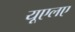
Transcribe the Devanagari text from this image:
यूएलए